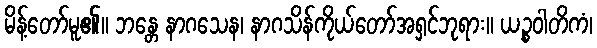
မိန့်တော်မူ၏။ ဘန္တေ နာဂသေန၊ နာဂသိန်ကိုယ်တော်အရှင်ဘုရား။ ယဉ္စဝါတိကံ၊